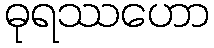
ဓုရဿဟော